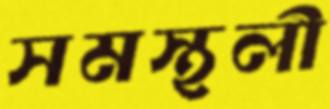
সমস্থলী